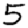
Digit: 5